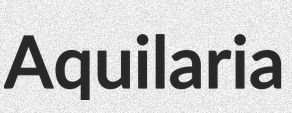
Aquilaria